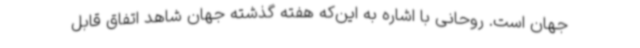
جهان است. روحانی با اشاره به این‌که هفته گذشته جهان شاهد اتفاق قابل